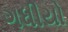
ગધીયો